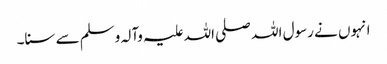
انہوں نے رسول اللہ صلی اللہ علیہ وآلہ وسلم سے سنا۔